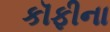
કૉફીના